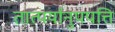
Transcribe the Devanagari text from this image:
तात्पर्यानुपपत्ति